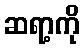
ဆရာ့ကို